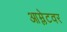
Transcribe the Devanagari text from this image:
आम्लेटवर